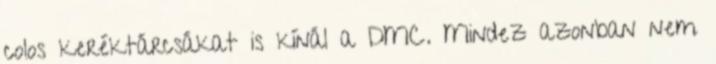
colos keréktárcsákat is kínál a DMC. Mindez azonban nem